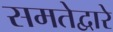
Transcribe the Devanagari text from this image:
समतेद्वारे